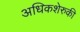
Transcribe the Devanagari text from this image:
अधिकशेरुकी